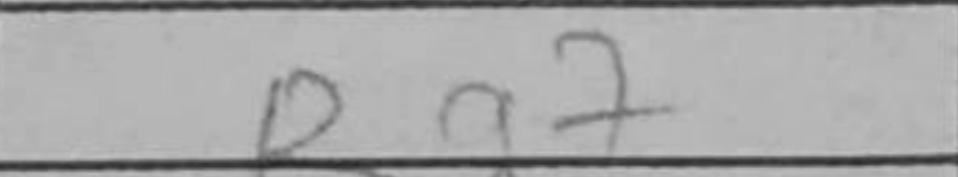
Transcription: Ra7